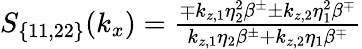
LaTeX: \begin{array}{r}{S_{\{ 11,22\} }(k_{x})=\frac{\mp k_{z,1}\eta_{2}^{2}\beta^{\pm}\pm k_{z,2}\eta_{1}^{2}\beta^{\mp}}{k_{z,1}\eta_{2}\beta^{\pm}+k_{z,2}\eta_{1}\beta^{\mp}}}\end{array}